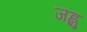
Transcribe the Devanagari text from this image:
जह्नु